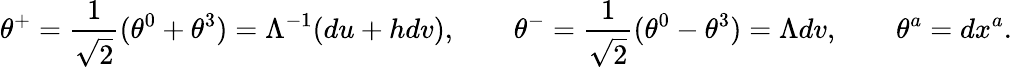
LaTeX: \theta^{+}=\frac 1{\sqrt 2}(\theta^{0}+\theta^{3})=\Lambda^{-1}(du+hdv),\qquad\theta^{-}=\frac 1{\sqrt 2}(\theta^{0}-\theta^{3})=\Lambda dv,\qquad\theta^{a}=dx^{a}.